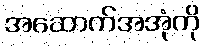
အဆောက်အအုံကို